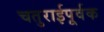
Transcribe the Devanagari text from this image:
चतुराईपूर्वक